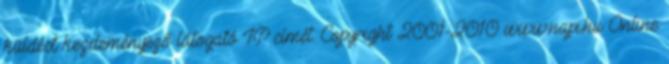
küldést kezdeményező látogató IP címét. Copyright 2001-2010 www.napi.hu Online